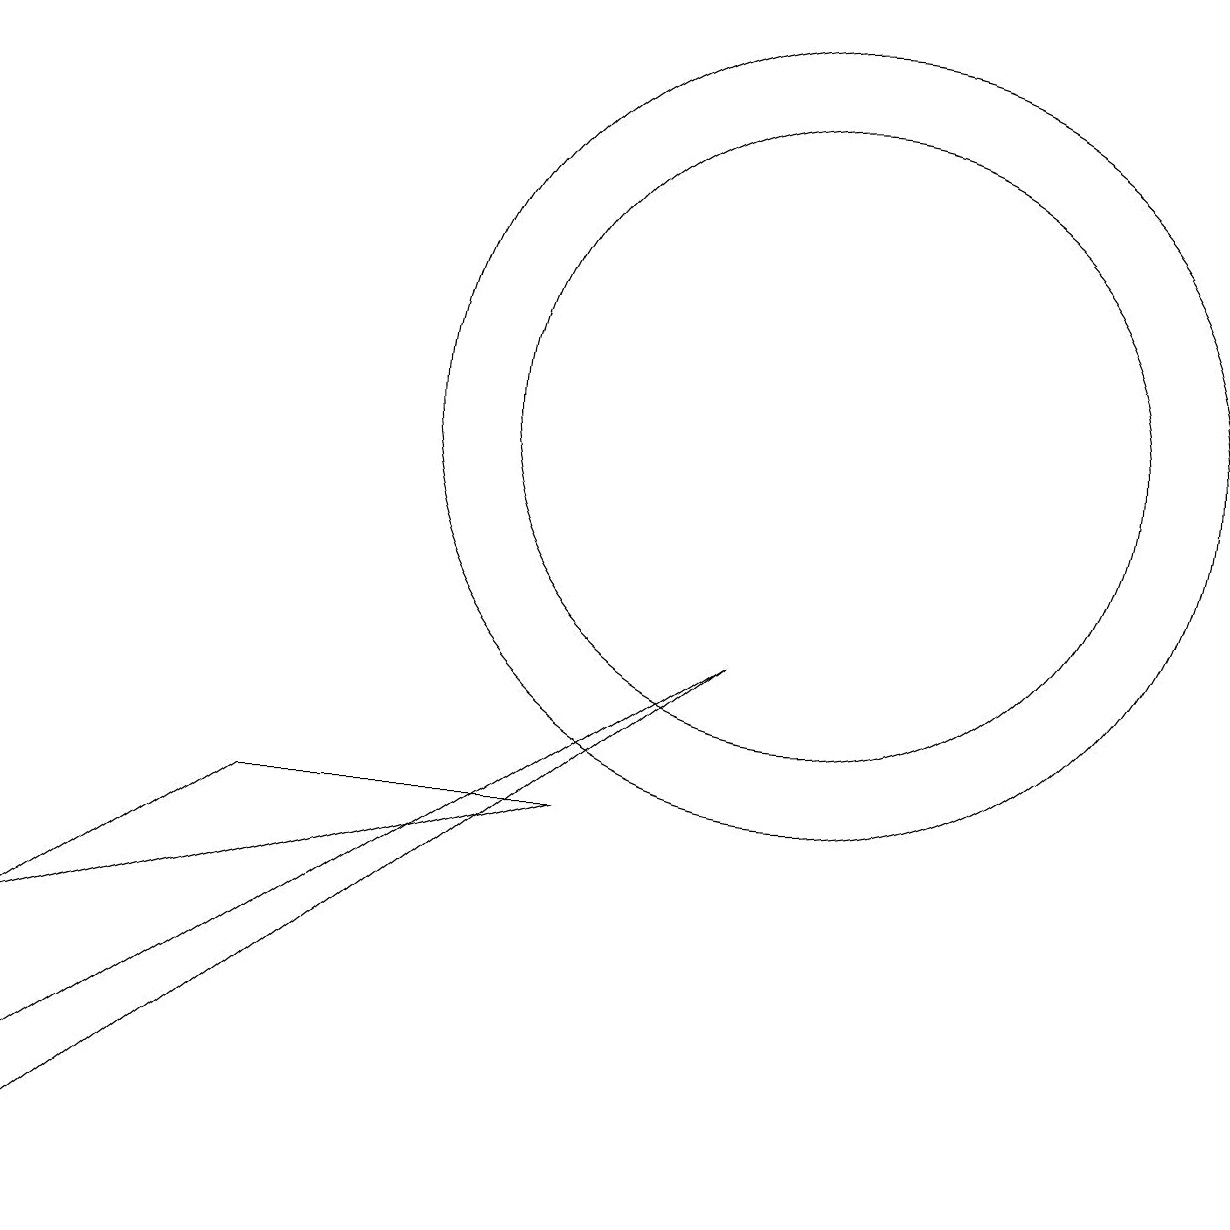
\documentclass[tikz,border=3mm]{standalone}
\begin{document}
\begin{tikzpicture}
\draw (10,10) circle (5);
\draw (9,7) -- (0,0) -- (0,1) -- cycle;
\draw (10,10) circle (4);
\draw (7,5) -- (3,5) -- (0,3) -- cycle;
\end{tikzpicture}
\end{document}